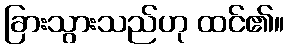
ခြားသွားသည်ဟု ထင်၏။